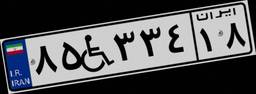
۸۵W۳۳۴۱۸